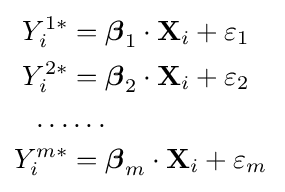
{\begin{aligned}Y_{i}^{1\ast }&={\boldsymbol {\beta }}_{1}\cdot \mathbf {X} _{i}+\varepsilon _{1}\,\\Y_{i}^{2\ast }&={\boldsymbol {\beta }}_{2}\cdot \mathbf {X} _{i}+\varepsilon _{2}\,\\\ldots &\ldots \\Y_{i}^{m\ast }&={\boldsymbol {\beta }}_{m}\cdot \mathbf {X} _{i}+\varepsilon _{m}\,\\\end{aligned}}